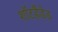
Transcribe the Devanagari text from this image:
शॉटहैंडेड